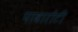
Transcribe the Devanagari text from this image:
पावारोटी